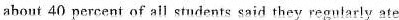
about 40 percent of all students said they regularly ate